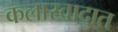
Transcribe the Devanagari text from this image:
कलास्वादात